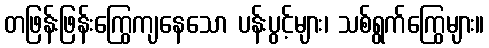
တဖြန်းဖြန်းကြွေကျနေသော ပန်းပွင့်များ၊ သစ်ရွက်ကြွေများ။